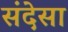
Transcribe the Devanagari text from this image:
संदेसा